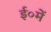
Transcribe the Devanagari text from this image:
ई०में